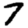
Digit: 7